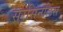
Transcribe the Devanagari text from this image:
सरसिनेलिस